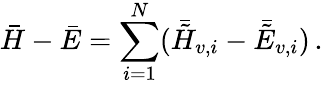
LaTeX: \bar{H}-\bar{E}=\sum_{i=1}^{N}(\bar{\tilde{H}}_{v,i}-\bar{\tilde{E}}_{v,i})\, .